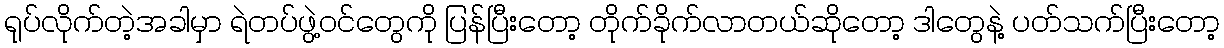
ရုပ်လိုက်တဲ့အခါမှာ ရဲတပ်ဖွဲ့ဝင်တွေကို ပြန်ပြီးတော့ တိုက်ခိုက်လာတယ်ဆိုတော့ ဒါတွေနဲ့ ပတ်သက်ပြီးတော့